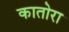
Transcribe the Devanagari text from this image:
कातोरा